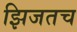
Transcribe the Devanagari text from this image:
झिजतच